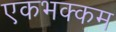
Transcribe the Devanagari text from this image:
एकभक्कम